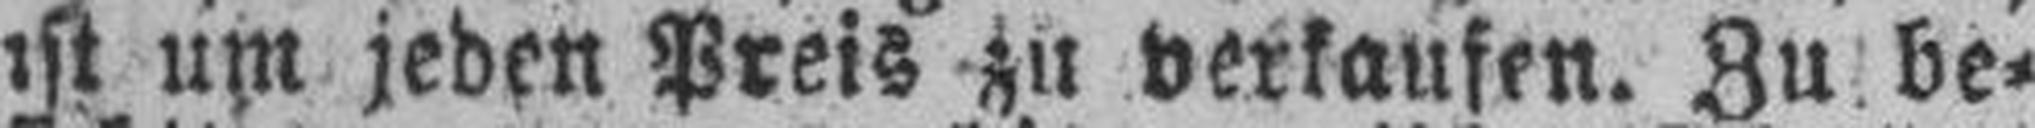
ist um jeden Preis zu verkaufen. Zu be¬